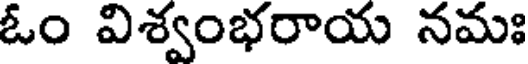
ఓం విశ్వంభరాయ నమః